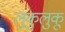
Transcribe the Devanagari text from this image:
लुकुलुकू